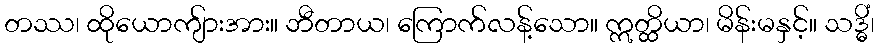
တဿ၊ ထိုယောကျ်ားအား။ ဘီတာယ၊ ကြောက်လန့်သော။ ဣတ္ထိယာ၊ မိန်းမနှင့်။ သဒ္ဓိံ၊